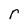
Character: r